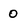
Character: 0